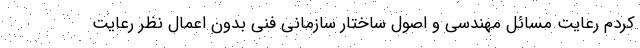
کردم رعایت مسائل مهندسی و اصول ساختار سازمانی فنی بدون اعمال نظر رعایت